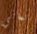
ثماني